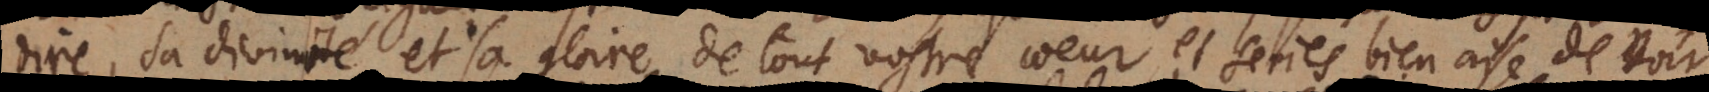
dire, sa divinité et sa gloire de tout vostre coeur, et seriés bien aise de voir